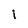
Character: i